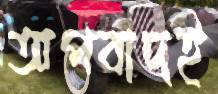
অপবাদই